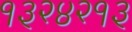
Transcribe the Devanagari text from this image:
१३२४२१३